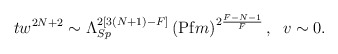
\begin{align*} t w^{2N+2} \sim \Lambda_{Sp}^{2 [3(N+1)-F]} \left({\rm Pf} m\right)^{2\frac{F-N-1}{F}}, \; \; v \sim 0.\end{align*}